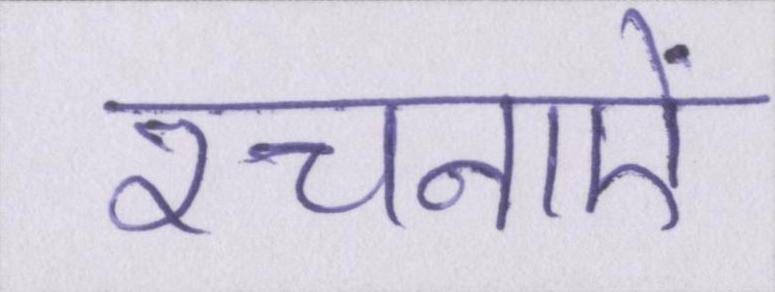
रचनाऐं